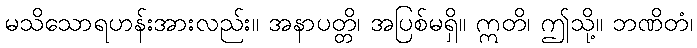
မသိသောရဟန်းအားလည်း။ အနာပတ္တိ၊ အပြစ်မရှိ။ ဣတိ၊ ဤသို့။ ဘဏိတံ၊